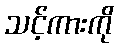
သင့်ကားကို